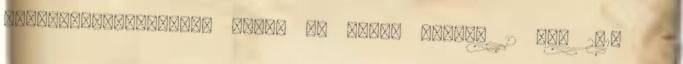
energiafogyasztást. Fűtés és hűtés egyben 12 dec 2013